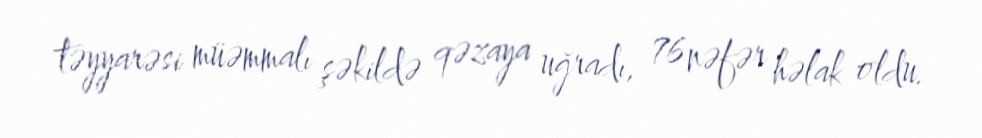
təyyarəsi müəmmalı şəkildə qəzaya uğradı, 76 nəfər həlak oldu.